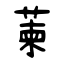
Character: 萰